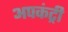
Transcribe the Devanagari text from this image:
अपकंट्री